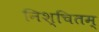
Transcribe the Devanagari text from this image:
निश्चितम्